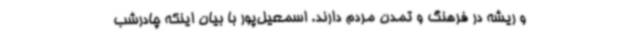
و ریشه در فرهنگ و تمدن مردم دارند. اسمعیل‌پور با بیان اینکه چادرشب